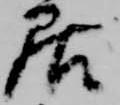
居